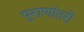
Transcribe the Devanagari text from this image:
पुराणांतरी